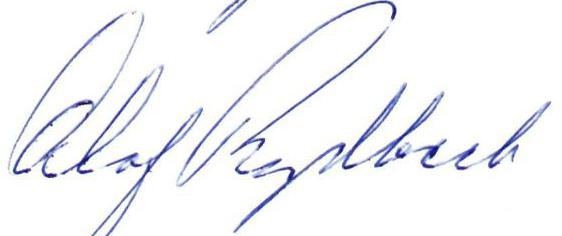
Olof Rydbeck